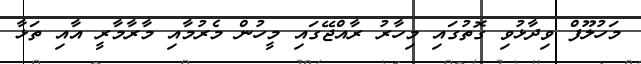
މަހުލޫފް ވިދާޅުވި ގޮތުގައި މިހާރު ރާއްޖޭގައި މީހުން މެރުމާއި މާރާމާރީ އާއި ތަޅާ